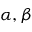
\alpha , \beta